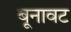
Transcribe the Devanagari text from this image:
बूनावट